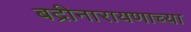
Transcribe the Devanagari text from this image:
बद्रीनारायणाच्या